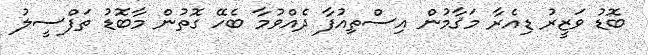
ބޮޑު ވަޒީރު ޑިއެރާ މަޤާމުން އިސްތިއުފާ ދެއްވުމާ ބެހޭ ގޮތުން މާބޮޑު ތަފްސީލު